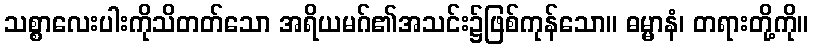
သစ္စာလေးပါးကိုသိတတ်သော အရိယမဂ်၏အသင်း၌ဖြစ်ကုန်သော။ ဓမ္မာနံ၊ တရားတို့ကို။